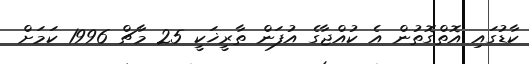
ކާޑުގައި އޮތްގޮތުން އެ ކުއްޖާގެ އުފަން ތާރީޚަކީ 25 މާޗް 1996 ކަމަށް